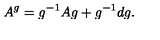
A ^ { g } = g ^ { - 1 } A g + g ^ { - 1 } d g .